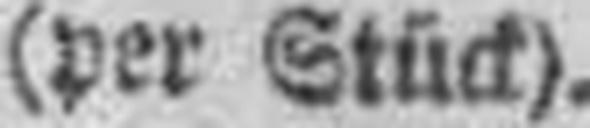
(per Stück).